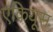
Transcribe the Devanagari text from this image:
एकियूस